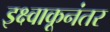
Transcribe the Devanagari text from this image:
इक्ष्वाकूनंतर